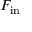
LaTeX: F _ { \mathrm { i n } }